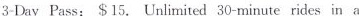
3-Day Pass: $15. Unlimited 30-minute rides in a